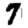
Digit: 7